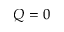
Q = 0